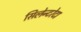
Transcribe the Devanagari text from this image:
सिलेन्टरेटा